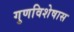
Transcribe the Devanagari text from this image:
गुणविशेषास